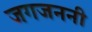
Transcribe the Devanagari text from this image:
जगजननी